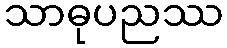
သာဓုပညဿ